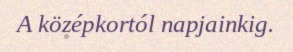
A középkortól napjainkig.